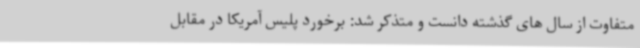
متفاوت از سال های گذشته دانست و متذکر شد: برخورد پلیس آمریکا در مقابل